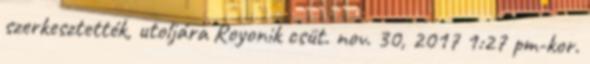
szerkesztették, utoljára Royonik csüt. nov. 30, 2017 1:27 pm-kor.